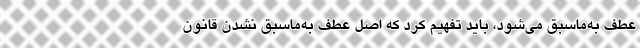
عطف به‌ماسبق مي‌شود، باید تفهیم کرد که اصل عطف به‌ماسبق نشدن قانون